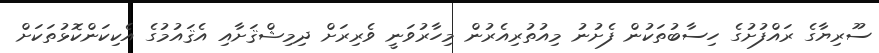
ސޫރިޔާގެ ރައްފުށުގެ ހިސާބުތަކުން ފެށުނު މިއުތުރިއެރުން މިހާރުވަނީ ވެރިރަށް ދިމިޝްޤަށާއި އެޤައުމުގެ އެކިކަންކޮޅުތަކަށް